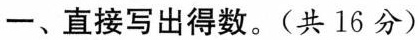
一、直接写出得数。(共16分)